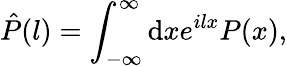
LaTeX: \hat{P}(l)=\int_{-\infty}^{\infty}\mathrm{d}xe^{ilx}P(x),